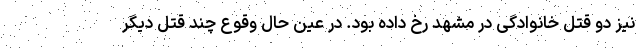
نیز دو قتل خانوادگی در مشهد رخ داده بود. در عین حال وقوع چند قتل دیگر